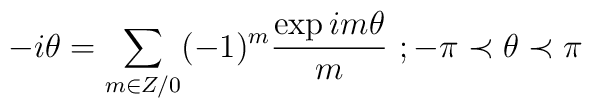
-i\theta =\sum_{m\in Z/0}(-1)^{m}\frac{\exp im\theta }{m}\textrm{ };-\pi \prec\theta \prec \pi